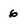
Character: 6